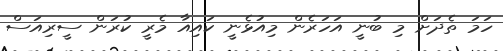
ހަމަ ތެދަށް މި ބުނީ އަހަރެން މިއުޅެނީ ކައިއާ މެރީ ކުރަން ސީރިއަސް